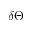
\delta \Theta